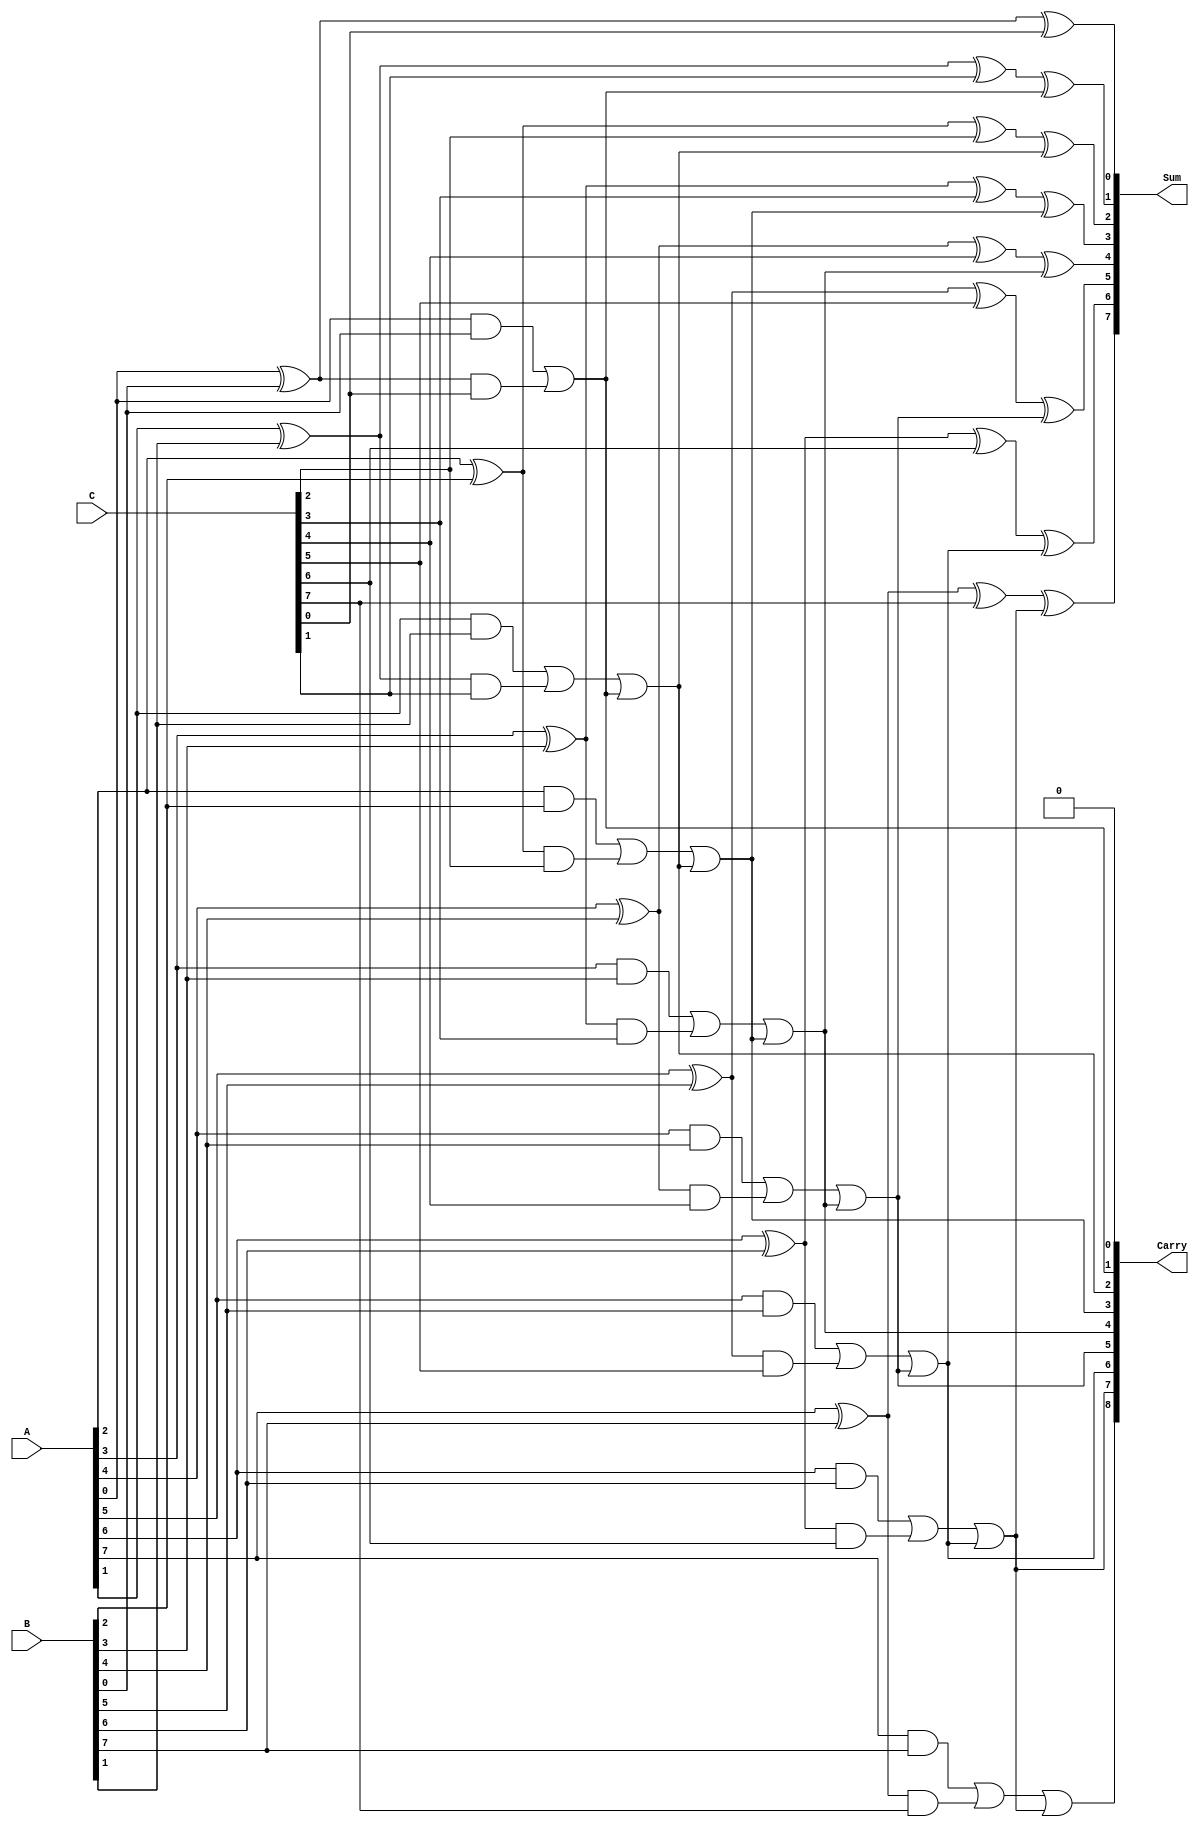
module ModifiedCarrySaveAdder #(parameter n = 8) (
    input [n-1:0] A,  // First operand
    input [n-1:0] B,  // Second operand
    input [n-1:0] C,  // Third operand
    output [n-1:0] Sum, // Final sum output
    output [n:0] Carry // Final carry output
);

    // Intermediate signals for partial sums and carries
    wire [n-1:0] P1, P2; // Partial sums
    wire [n-1:0] C1, C2; // Partial carries

    // Generate partial sums and carries
    genvar i;
    generate
        for (i = 0; i < n; i = i + 1) begin : adder_stage
            // Half adder for first two operands
            assign P1[i] = A[i] ^ B[i]; // Partial sum of A and B
            assign C1[i] = A[i] & B[i]; // Partial carry of A and B
            
            // Full adder for the third operand
            assign P2[i] = P1[i] ^ C[i]; // Partial sum with C
            assign C2[i] = P1[i] & C[i]; // Partial carry with C
        end
    endgenerate

    // Final carry propagation
    wire [n:0] final_carry;
    assign final_carry[0] = 0; // Initial carry is zero

    generate
        for (i = 0; i < n; i = i + 1) begin : final_stage
            // Final sum and carry
            assign Sum[i] = P2[i] ^ final_carry[i]; // Final sum
            assign final_carry[i + 1] = C1[i] | C2[i] | final_carry[i]; // Final carry
        end
    endgenerate

    // Assign final carry output
    assign Carry = final_carry;

endmodule